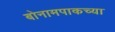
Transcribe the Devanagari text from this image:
बोनामपाकच्या